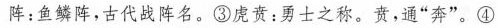
阵：鱼鳞阵，古代战阵名。③虏责：勇士之称。贲，通”奔”。④